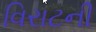
વિરાટની